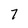
Character: 7